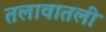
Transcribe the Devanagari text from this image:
तलावातली